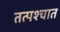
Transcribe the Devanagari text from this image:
तत्‍पश्‍चात